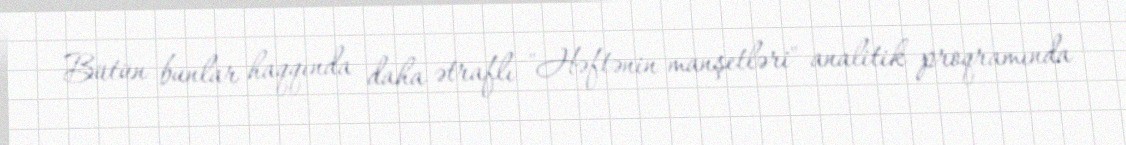
Bütün bunlar haqqında daha ətraflı "Həftənin manşetləri" analitik proqramında